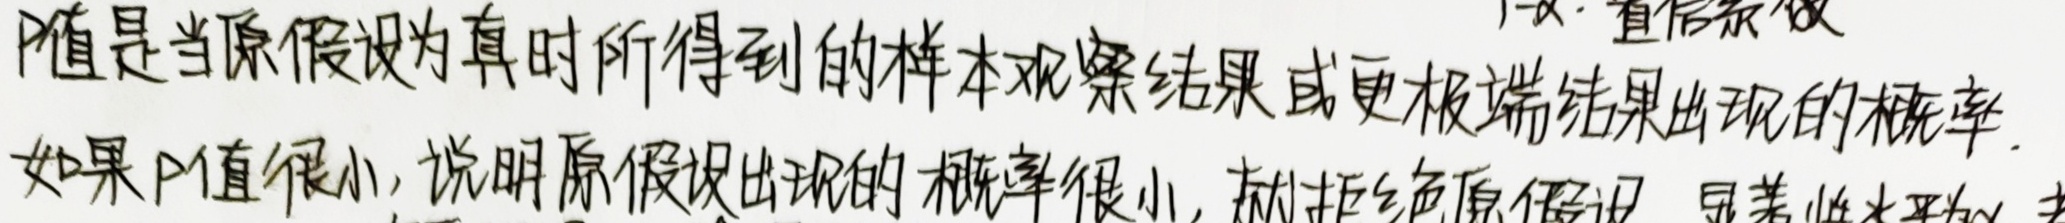
\(P\)值是当原假设为真时所得到的样本观察结果或更极端结果出现的概率。如果\(P\)值很小，说明原假设出现的概率很小，就拒绝原假设。显著水平为\(\alpha\)。